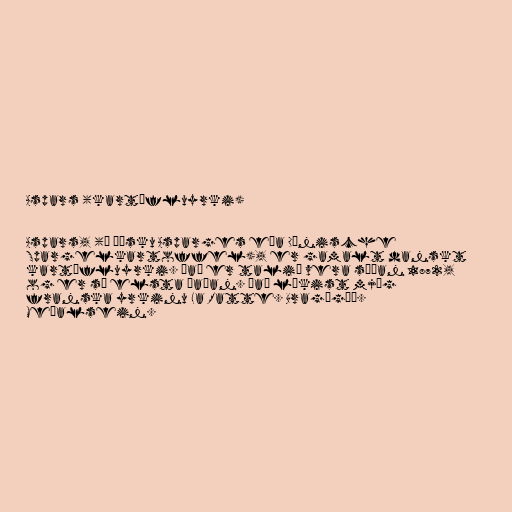
Aspars (kartöfluyrki)

Aspars, (á þýsku Asparges eða Dänische
Spargelkartoffel), er gamalt danskt
kartöfluyrki. Það er talið vera síðan 1872,
og er sú elsta þaðan. Það lýkist mjög
franska yrkinu La Ratte. Bragðgóð.
Meðalsein.